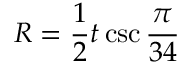
R = { \frac { 1 } { 2 } } t \csc { \frac { \pi } { 3 4 } }